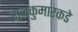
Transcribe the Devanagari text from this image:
राजकुमारकडे